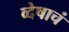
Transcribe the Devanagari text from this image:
व्देषाचं